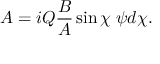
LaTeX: A = i Q \frac { B } { A } \sin \chi \; \psi d \chi .